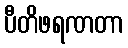
ပီတိဖရဏတာ